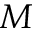
M